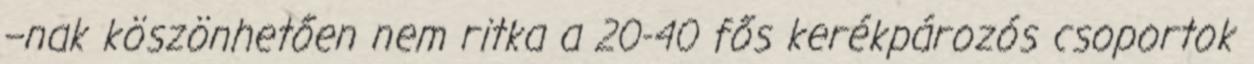
–nak köszönhetően nem ritka a 20-40 fős kerékpározós csoportok